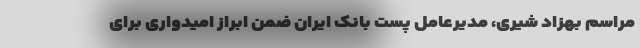
مراسم بهزاد شیری، مدیرعامل پست بانک ایران ضمن ابراز امیدواری برای